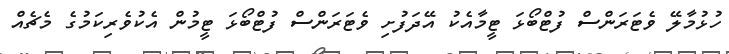
ހުޅުމާލޭ ވެޓަރަންސް ފުޓްބޯޅަ ޓީމާއެކު އޭދަފުށި ވެޓަރަންސް ފުޓްބޯޅަ ޓީމުން އެކުވެރިކަމުގެ މެޗެއް